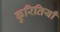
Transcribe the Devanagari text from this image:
कुरितियाँ